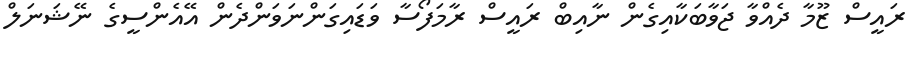
ރައީސް ޒޫމާ ދެއްވާ ޖަވާބަކާއިގެން ނާއިބް ރައީސް ރާމަފޯސާ ވަޑައިގަންނަވަންދެން އޭއެންސީގެ ނޭޝަނަލް